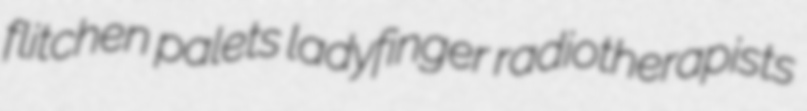
flitchen palets ladyfinger radiotherapists